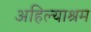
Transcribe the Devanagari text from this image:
अहिल्याश्रम